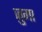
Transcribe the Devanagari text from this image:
ज़ुमा